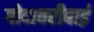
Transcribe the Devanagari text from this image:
गोदावरीबाई